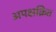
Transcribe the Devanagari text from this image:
अपक्षक्रित